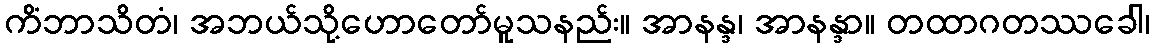
ကိံဘာသိတံ၊ အဘယ်သို့ဟောတော်မူသနည်း။ အာနန္ဒ၊ အာနန္ဒာ။ တထာဂတဿခေါ၊